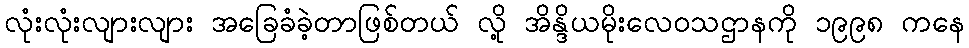
လုံးလုံးလျားလျား အခြေခံခဲ့တာဖြစ်တယ် လို့ အိန္ဒိယမိုးလေဝသဌာနကို ၁၉၉၈ ကနေ